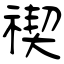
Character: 禊